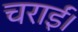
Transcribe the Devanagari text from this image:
चराईं।